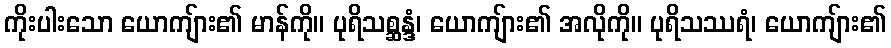
ကိုးပါးသော ယောကျ်ား၏ မာန်ကို။ ပုရိသစ္ဆန္ဒံ၊ ယောကျ်ား၏ အလိုကို။ ပုရိသဿရံ၊ ယောကျ်ား၏